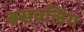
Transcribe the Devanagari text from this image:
बसवलिंग